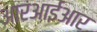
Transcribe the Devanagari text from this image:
आरआईआर